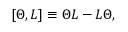
[ { \Theta } , L ] \equiv { \Theta } L - L { \Theta } ,